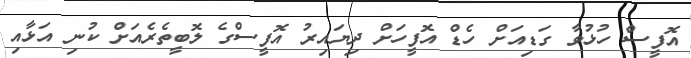
އޮފީސް ހުޅުވާ ގަޑިއަށް ހެޑް އޮފީހަށް ދިޔައިރު އޮފީސްގެ ލޮބީތެރެއަށް ކުނި އަޅާއި